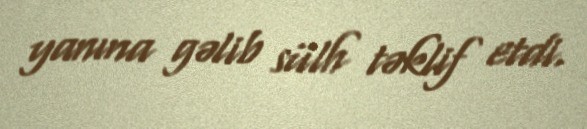
yanına gəlib sülh təklif etdi.